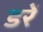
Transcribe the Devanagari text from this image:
डरें